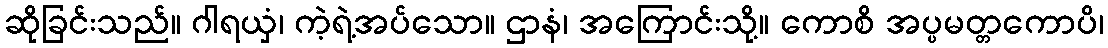
ဆိုခြင်းသည်။ ဂါရယှံ၊ ကဲ့ရဲ့အပ်သော။ ဌာနံ၊ အကြောင်းသို့။ ကောစိ အပ္ပမတ္တကောပိ၊